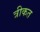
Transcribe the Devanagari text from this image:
त्रीकत